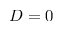
D = 0